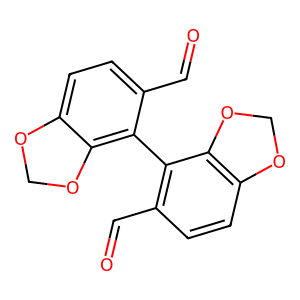
SMILES: O=Cc1ccc2c(c1-c1c(C=O)ccc3c1OCO3)OCO2
Inhibits HIV replication: No